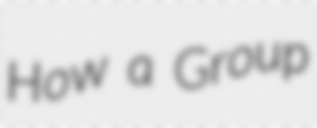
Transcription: How a Group